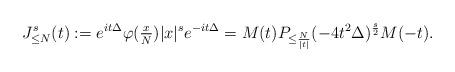
LaTeX: \begin{align*}J_{\leq N}^s(t) := e^{it\Delta} \varphi(\tfrac{x}{N})|x|^s e^{-it\Delta} = M(t) P_{\leq \frac{N}{|t|}}(-4t^2\Delta)^{\frac{s}{2}}M(-t).\end{align*}